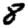
Digit: 8